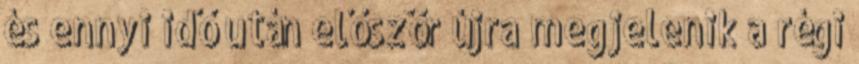
és ennyi idő után először újra megjelenik a régi